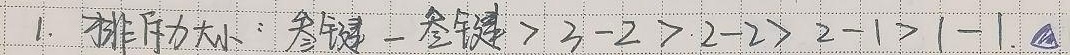
1. 排斥力大小：参键－参键\(>3 - 2>2 - 2>2 - 1>1 - 1\). ▲